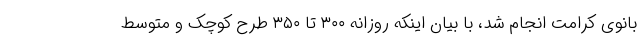
بانوی کرامت انجام شد، با بیان اینکه روزانه ۳۰۰ تا ۳۵۰ طرح کوچک و متوسط